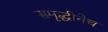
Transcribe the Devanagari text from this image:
समृद्धीनेच